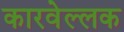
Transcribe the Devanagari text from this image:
कारवेल्लक